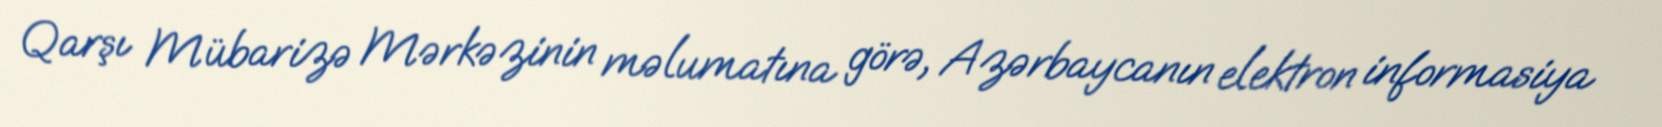
Qarşı Mübarizə Mərkəzinin məlumatına görə, Azərbaycanın elektron informasiya